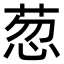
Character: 䓤